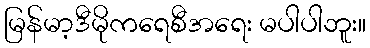
မြန်မာ့ဒီမိုကရေစီအရေး မပါပါဘူး။